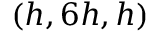
( h , 6 h , h )